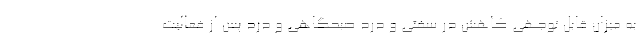
به میزان قابل توجهی کاهش در سفتی و درد صبحگاهی و درد پس از فعالیت